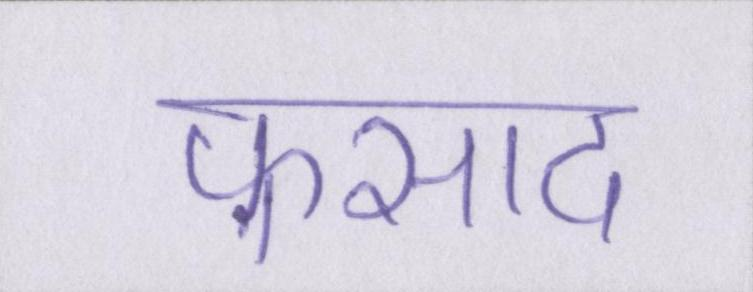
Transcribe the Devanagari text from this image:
फ़साद